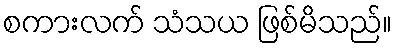
စကားလက် သံသယ ဖြစ်မိသည်။